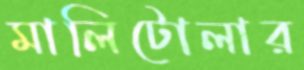
মালিটোলার